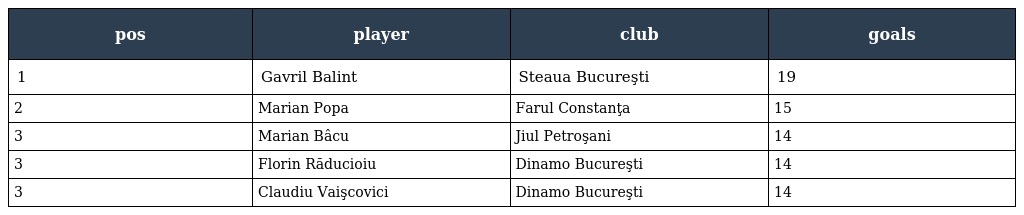
| pos | player | club | goals |
 | --- | --- | --- | --- |
 | 1 | Gavril Balint | Steaua Bucureşti | 19 |
 | 2 | Marian Popa | Farul Constanţa | 15 |
 | 3 | Marian Bâcu | Jiul Petroşani | 14 |
 | 3 | Florin Răducioiu | Dinamo Bucureşti | 14 |
 | 3 | Claudiu Vaişcovici | Dinamo Bucureşti | 14 |